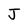
Character: J